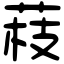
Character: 䓩